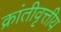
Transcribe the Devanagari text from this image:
क्रांतीवृत्तीय